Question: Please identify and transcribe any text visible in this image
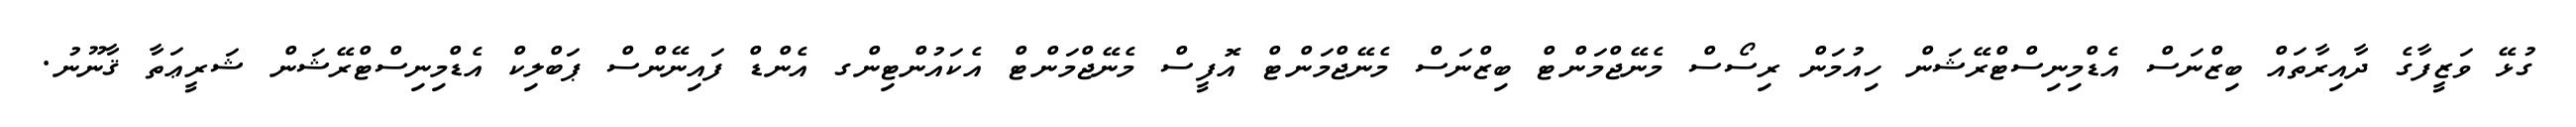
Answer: ގުޅޭ ވަޒީފާގެ ދާއިރާތައް ބިޒްނަސް އެޑްމިނިސްޓްރޭޝަން ހިއުމަން ރިސޯސް މެނޭޖްމަންޓް ބިޒްނަސް މެނޭޖްމަންޓް އޮފީސް މެނޭޖްމަންޓް އެކައުންޓިންގ އެންޑް ފައިނޭންސް ޕަބްލިކް އެޑްމިނިސްޓްރޭޝަން ޝަރީޢަތާ ޤާނޫނު.